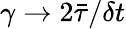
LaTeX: \gamma\rightarrow 2\bar{\tau}/\delta t